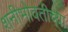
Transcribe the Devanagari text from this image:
शनीभोवतीच्या